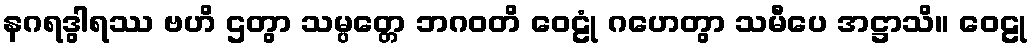
နဂရဒွါရဿ ဗဟိ ဌတွာ သမ္ပတ္တေ ဘဂဝတိ ဝေဠုံ ဂဟေတွာ သမီပေ အဋ္ဌာသိ။ ဝေဠု